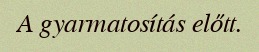
A gyarmatosítás előtt.